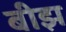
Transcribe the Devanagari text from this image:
बीझ